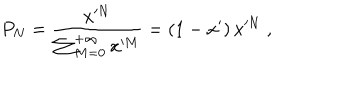
P _ { N } = \frac { x ^ { N } } { \sum _ { M = 0 } ^ { + \infty } x ^ { M } } = \left( 1 - x ^ { \prime } \right) x ^ { N } \; ,